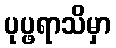
ပုပ္ဖရာသိမှာ